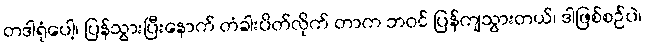
တဒါရုံပေါ့၊ ပြန်သွားပြီးနောက် တံခါးပိတ်လိုက် တာက ဘဝင် ပြန်ကျသွားတယ်၊ ဒါဖြစ်စဉ်ပဲ၊